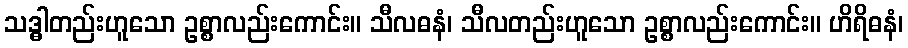
သဒ္ဓါတည်းဟူသော ဥစ္စာလည်းကောင်း။ သီလဓနံ၊ သီလတည်းဟူသော ဥစ္စာလည်းကောင်း။ ဟိရိဓနံ၊